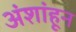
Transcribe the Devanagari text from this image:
अंशांहून